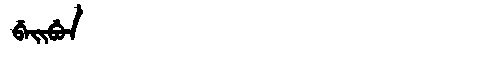
Manchu: ᠪᡝᡳᠪᡠᠨ
Romanization: BEIBUN